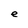
Character: e